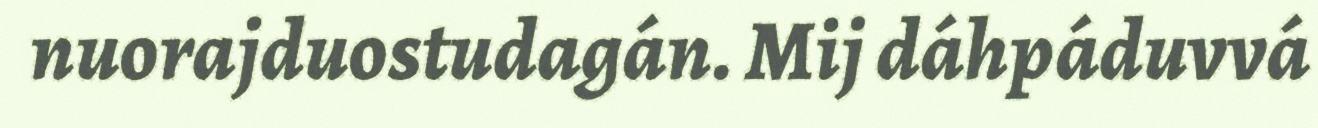
nuorajduostudagán. Mij dáhpáduvvá